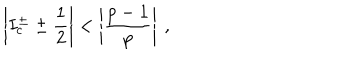
LaTeX: \left| I _ { c } ^ { \pm } \pm \displaystyle \frac { 1 } { 2 } \right| < \left| \displaystyle \frac { p - 1 } { p } \right| \: ,